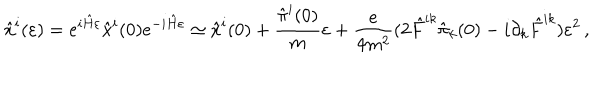
{ \hat { x } } ^ { i } ( \varepsilon ) = e ^ { i { \hat { H } } \varepsilon } { \hat { x } } ^ { i } ( 0 ) e ^ { - i { \hat { H } } \varepsilon } \simeq { \hat { x } } ^ { i } ( 0 ) + { \frac { { \hat { \pi } } ^ { i } ( 0 ) } { m } } \varepsilon + { \frac { e } { 4 m ^ { 2 } } } ( 2 { \hat { F } } ^ { i k } { \hat { \pi } } _ { k } ( 0 ) - i \partial _ { k } { \hat { F } } ^ { i k } ) \varepsilon ^ { 2 } \, ,